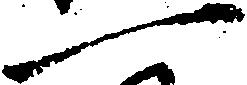
一